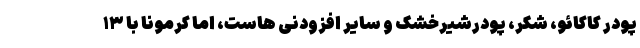
پودر کاکائو، شکر، پودرشیرخشک و سایر افزودنی هاست، اما کرمونا با ۱۳